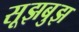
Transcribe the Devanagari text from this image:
सूझबुझ